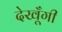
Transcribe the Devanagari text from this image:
देखूँगी